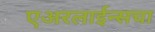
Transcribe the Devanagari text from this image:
एअरलाईन्सचा